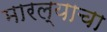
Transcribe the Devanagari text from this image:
मारल्याचा